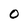
Character: 0